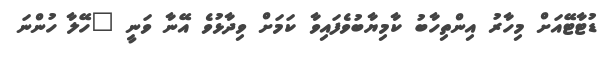
ޑުޓާޓޭއަށް މިހާރު އިންތިހާބު ކާމިޔާބުވެފައިވާ ކަމަށް ވިދާޅުވެ އޭނާ ވަނީ "ހޭލާ ހުންނަ